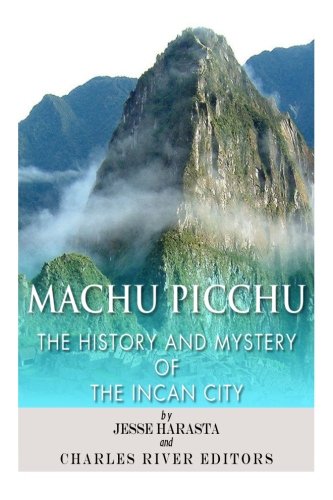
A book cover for Machu Picchu: The History and Mystery of the Incan City; Jesse Harasta; History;